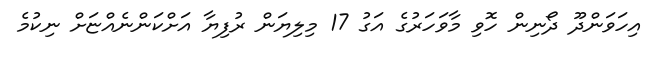
އިހަވަންދޫ ދޯނިން ހޮވި މާވަހަރުގެ އަގު 17 މިލިޔަން ރުފިޔާ އަށްކަންނެއްޏަށް ނިކުމެ